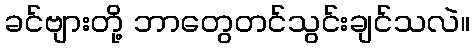
ခင်ဗျားတို့ ဘာတွေတင်သွင်းချင်သလဲ။